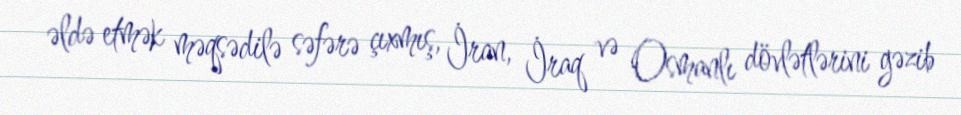
əldə etmək məqsədilə səfərə çıxmış, İran, İraq və Osmanlı dövlətlərini gəzib